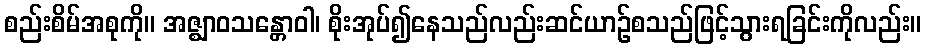
စည်းစိမ်အစုကို။ အဇ္ဈာဝသန္တောဝါ၊ စိုးအုပ်၍နေသည်လည်းဆင်ယာဉ်စသည်ဖြင့်သွားရခြင်းကိုလည်း။